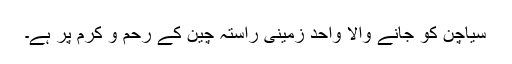
سیاچن کو جانے والا واحد زمینی راستہ چین کے رحم و کرم پر ہے۔